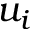
u _ { i }